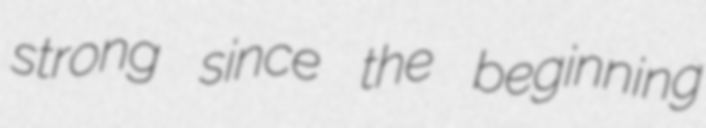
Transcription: strong since the beginning